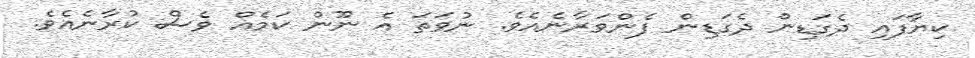
ކިޔާފައި ދެގަޑިން ދެގަޑިން ފެންވަރާނެއެވެ. ނުވަތަ އެ ނޫން ކަމެއް ވެސް ކުރާނެއެވެ.